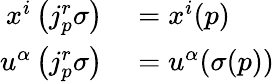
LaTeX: \begin{array}{rl}{x^{i}\left(j_{p}^{r}\sigma\right)}&{{}=x^{i}(p)}\\ {u^{\alpha}\left(j_{p}^{r}\sigma\right)}&{{}=u^{\alpha}(\sigma(p))}\end{array}